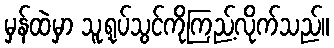
မှန်ထဲမှာ သူ့ရုပ်သွင်ကိုကြည့်လိုက်သည်။